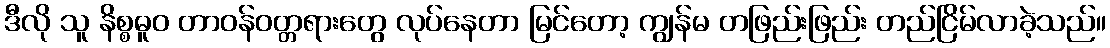
ဒီလို သူ နိစ္စဓူဝ တာဝန်ဝတ္တရားတွေ လုပ်နေတာ မြင်တော့ ကျွန်မ တဖြည်းဖြည်း တည်ငြိမ်လာခဲ့သည်။